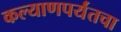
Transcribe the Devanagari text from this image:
कल्याणपर्यंतचा